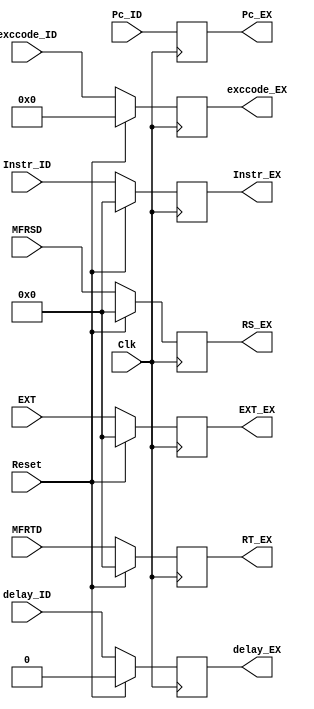
`timescale 1ns / 1ps
//////////////////////////////////////////////////////////////////////////////////
// Company: 
// Engineer: 
// 
// Design Name: 
// Module Name:    ID_EX_REG 
// Project Name: 
// Target Devices: 
// Tool versions: 
// Description: 
//
// Dependencies: 
//
// Revision: 
// Revision 0.01 - File Created
// Additional Comments: 
//
//////////////////////////////////////////////////////////////////////////////////
module ID_EX_REG(
    input [31:0] MFRSD,
    input [31:0] MFRTD,
    input [31:0] EXT,
    input [31:0] Pc_ID,
    input [31:0] Instr_ID,
	 input [4:0]exccode_ID,
	 input delay_ID,
    input Reset,
    input Clk,
    output reg[31:0] RS_EX,
    output reg[31:0] RT_EX,
    output reg[31:0] EXT_EX,
    output reg[31:0] Pc_EX,
    output reg[31:0] Instr_EX,
	 output reg[4:0]exccode_EX,
	 output reg delay_EX
    );
	 
	 initial begin
		RS_EX<=0;
		RT_EX<=0;
		EXT_EX<=0;
		Pc_EX<=32'h00003000;
		Instr_EX<=0;
		exccode_EX<=0;
		delay_EX<=0;
		end
		
	always @(posedge Clk)begin
		if (Reset)begin
			RS_EX<=0;
			RT_EX<=0;
			EXT_EX<=0;
			Pc_EX<=Pc_ID;
			Instr_EX<=0;
			exccode_EX<=0;
			delay_EX<=0;
		end
		else begin
			RS_EX<=MFRSD;
			RT_EX<=MFRTD;
			EXT_EX<=EXT;
			Pc_EX<=Pc_ID;
			Instr_EX<=Instr_ID;
			exccode_EX<=exccode_ID;
			delay_EX<=delay_ID;
		end
	end

endmodule